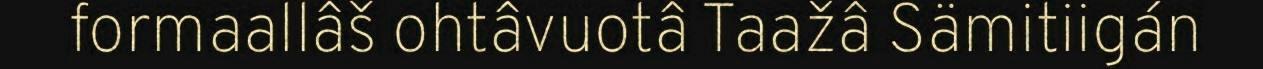
formaallâš ohtâvuotâ Taažâ Sämitiigán